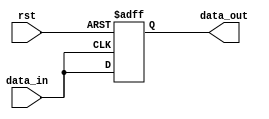
module assign_example (
    input wire rst,
    input wire data_in,
    output reg data_out
);

    always @(posedge rst or posedge data_in)
    begin
        if (rst)
            data_out <= 1'b0; // Initialize data_out to 0 when rst is high
        else
            data_out <= data_in; // Assign data_in to data_out when data_in rises
    end

endmodule